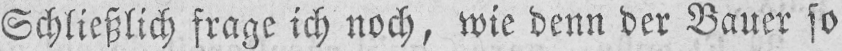
Schließlich frage ich noch, wie denn der Bauer so